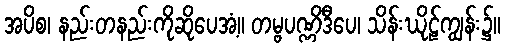
အပိစ၊ နည်းတနည်းကိုဆိုပေအံ့။ တမ္ဗပဏ္ဏိဒီပေ၊ သိန်းဃိုဠ်ကျွန်း၌။